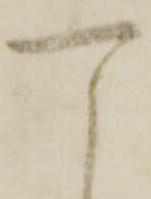
可